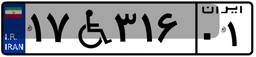
۱۷W۳۱۶۰۱